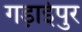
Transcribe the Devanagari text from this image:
गड़ाईपुर